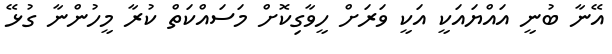
އޭނާ ބުނީ އައްޔައަކީ އަކީ ވަރަށް ހީވާގިކޮށް މަސައްކަތް ކުރާ މީހުންނާ ގުޅޭ